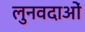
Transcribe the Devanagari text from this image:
लुनवदाओं